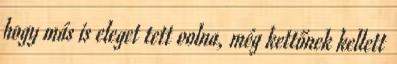
hogy más is eleget tett volna, még kettőnek kellett